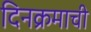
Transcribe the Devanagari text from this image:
दिनक्रमाची